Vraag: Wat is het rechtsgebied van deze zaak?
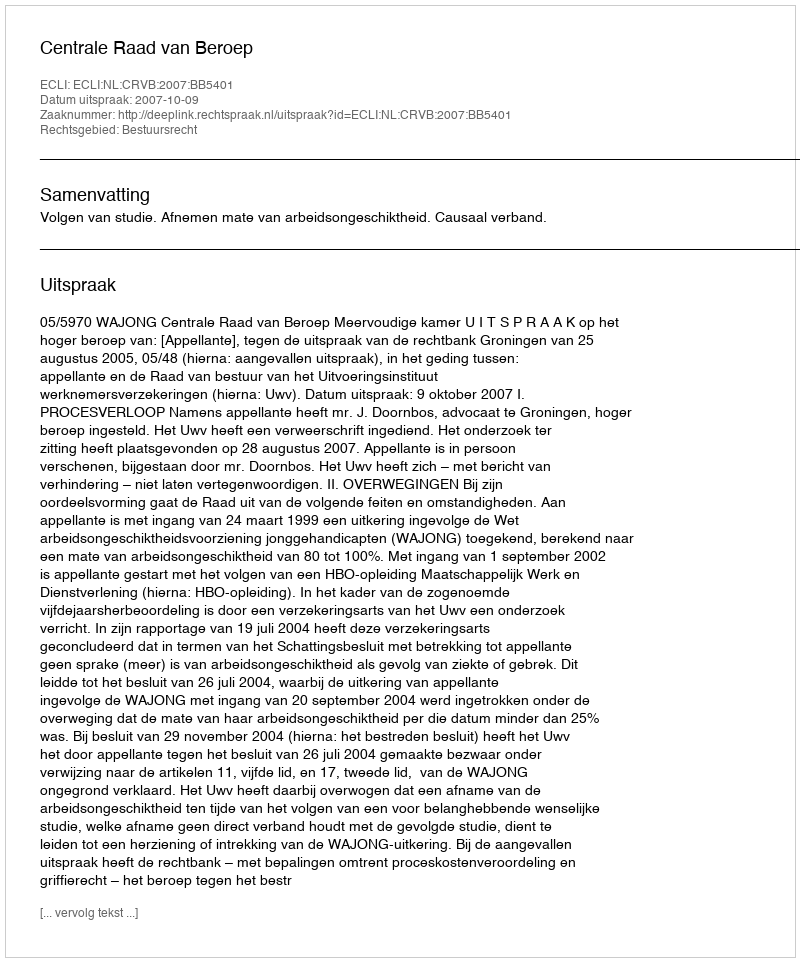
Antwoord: Bestuursrecht